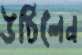
উঠিলেন